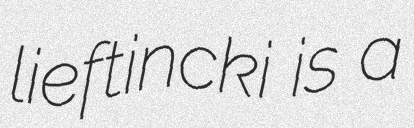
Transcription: lieftincki is a